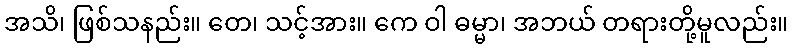
အသိ၊ ဖြစ်သနည်း။ တေ၊ သင့်အား။ ကေ ဝါ ဓမ္မာ၊ အဘယ် တရားတို့မူလည်း။